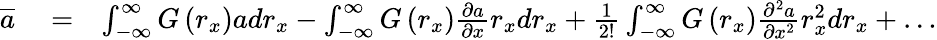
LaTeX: \begin{array}{rlr}{\overline{{{a}}}}&{{}=}&{\int_{-\infty}^{\infty}G\left(r_{x}\right)adr_{x}-\int_{-\infty}^{\infty}G\left(r_{x}\right)\frac{\partial a}{\partial x}r_{x}dr_{x}+\frac{1}{2!}\int_{-\infty}^{\infty}G\left(r_{x}\right)\frac{\partial^{2}a}{\partial x^{2}}r_{x}^{2}dr_{x}+\dots}\end{array}